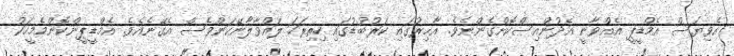
އެވިޔަސް އެމްޑީޕީ އެއްވާނީ އެދުންއިސްކޮށްގެންނެވެ. އާޚިރުގައި ކަރުބުޑުގައި ހިތިރަހަ ލައްވާލާނޭކަންވެސް އެގޭނެއެވެ. އެމްޑީޕީންކޮންމެމީހަކު